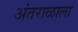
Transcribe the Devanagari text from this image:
अंतराळाला